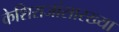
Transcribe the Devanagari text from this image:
केशिराजांसारख्या